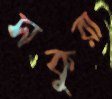
সকুরা